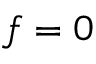
f = 0